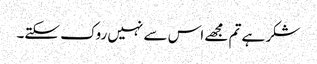
شکر ہے تم مجھے اس سے نہیں روک سکتے۔